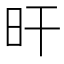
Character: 旰